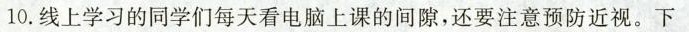
10.线上学习的同学们每天看电脑上课的间隙，还要注意预防近视。下